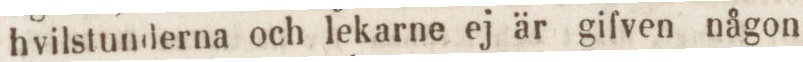
hvilstunderna och lekarne ej är gifven någon